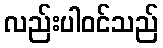
လည်းပါဝင်သည်